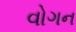
વોગન